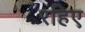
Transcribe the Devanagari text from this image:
रहिए